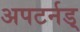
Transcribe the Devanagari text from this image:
अपटर्नड्